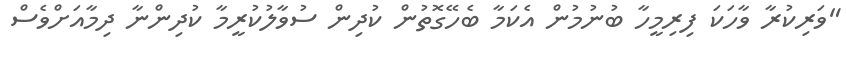
"ވަރިކުރާ ވާހަކަ ފިރިމީހާ ބުނުމުން އެކަމާ ބެހޭގޮތުން ކުދިން ސުވާލުކުރީމާ ކުދިންނާ ދިމާއަށްވެސް